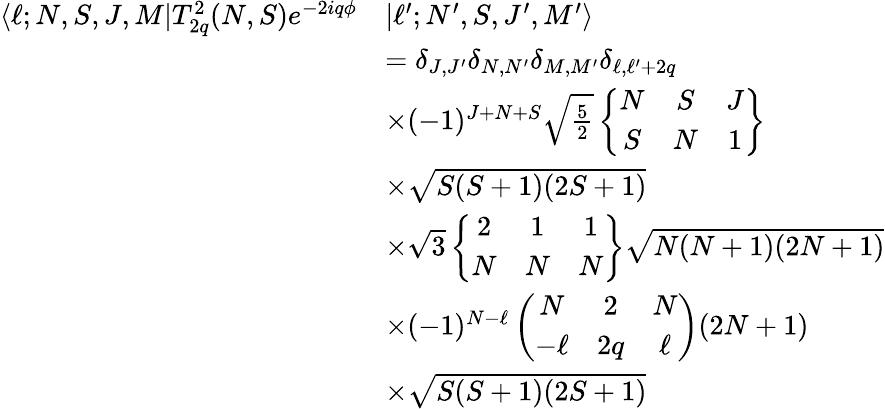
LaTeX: \begin{array}{rl}{\langle\ell;N,S,J,M|T_{2q}^{2}(N,S)e^{-2iq\phi}}&{|\ell^{\prime};N^{\prime},S,J^{\prime},M^{\prime}\rangle}\\ &{=\delta_{J,J^{\prime}}\delta_{N,N^{\prime}}\delta_{M,M^{\prime}}\delta_{\ell,\ell^{\prime}+2q}}\\ &{\times(-1)^{J+N+S}\sqrt{\frac{5}{2}}\left\{ \begin{array}{ccc}{N}&{S}&{J}\\ {S}&{N}&{1}\end{array}\right\} }\\ &{\times\sqrt{S(S+1)(2S+1)}}\\ &{\times\sqrt{3}\left\{ \begin{array}{ccc}{2}&{1}&{1}\\ {N}&{N}&{N}\end{array}\right\} \sqrt{N(N+1)(2N+1)}}\\ &{\times(-1)^{N-\ell}\left(\begin{array}{ccc}{N}&{2}&{N}\\ {-\ell}&{2q}&{\ell}\end{array}\right)(2N+1)}\\ &{\times\sqrt{S(S+1)(2S+1)}}\end{array}